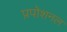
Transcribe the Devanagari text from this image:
प्रपोशनल